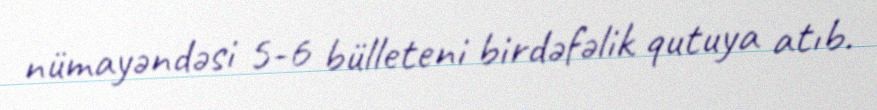
nümayəndəsi 5-6 bülleteni birdəfəlik qutuya atıb.